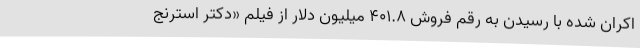
اکران شده با رسیدن به رقم فروش ۴۰۱.۸ میلیون دلار از فیلم «دکتر استرنج